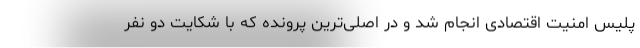
پلیس امنیت اقتصادی انجام شد و در اصلی‌ترین پرونده که با شکایت دو نفر